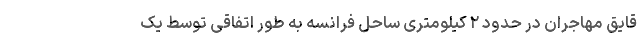
قایق مهاجران در حدود ۲ کیلومتری ساحل فرانسه به ‌طور اتفاقی توسط یک